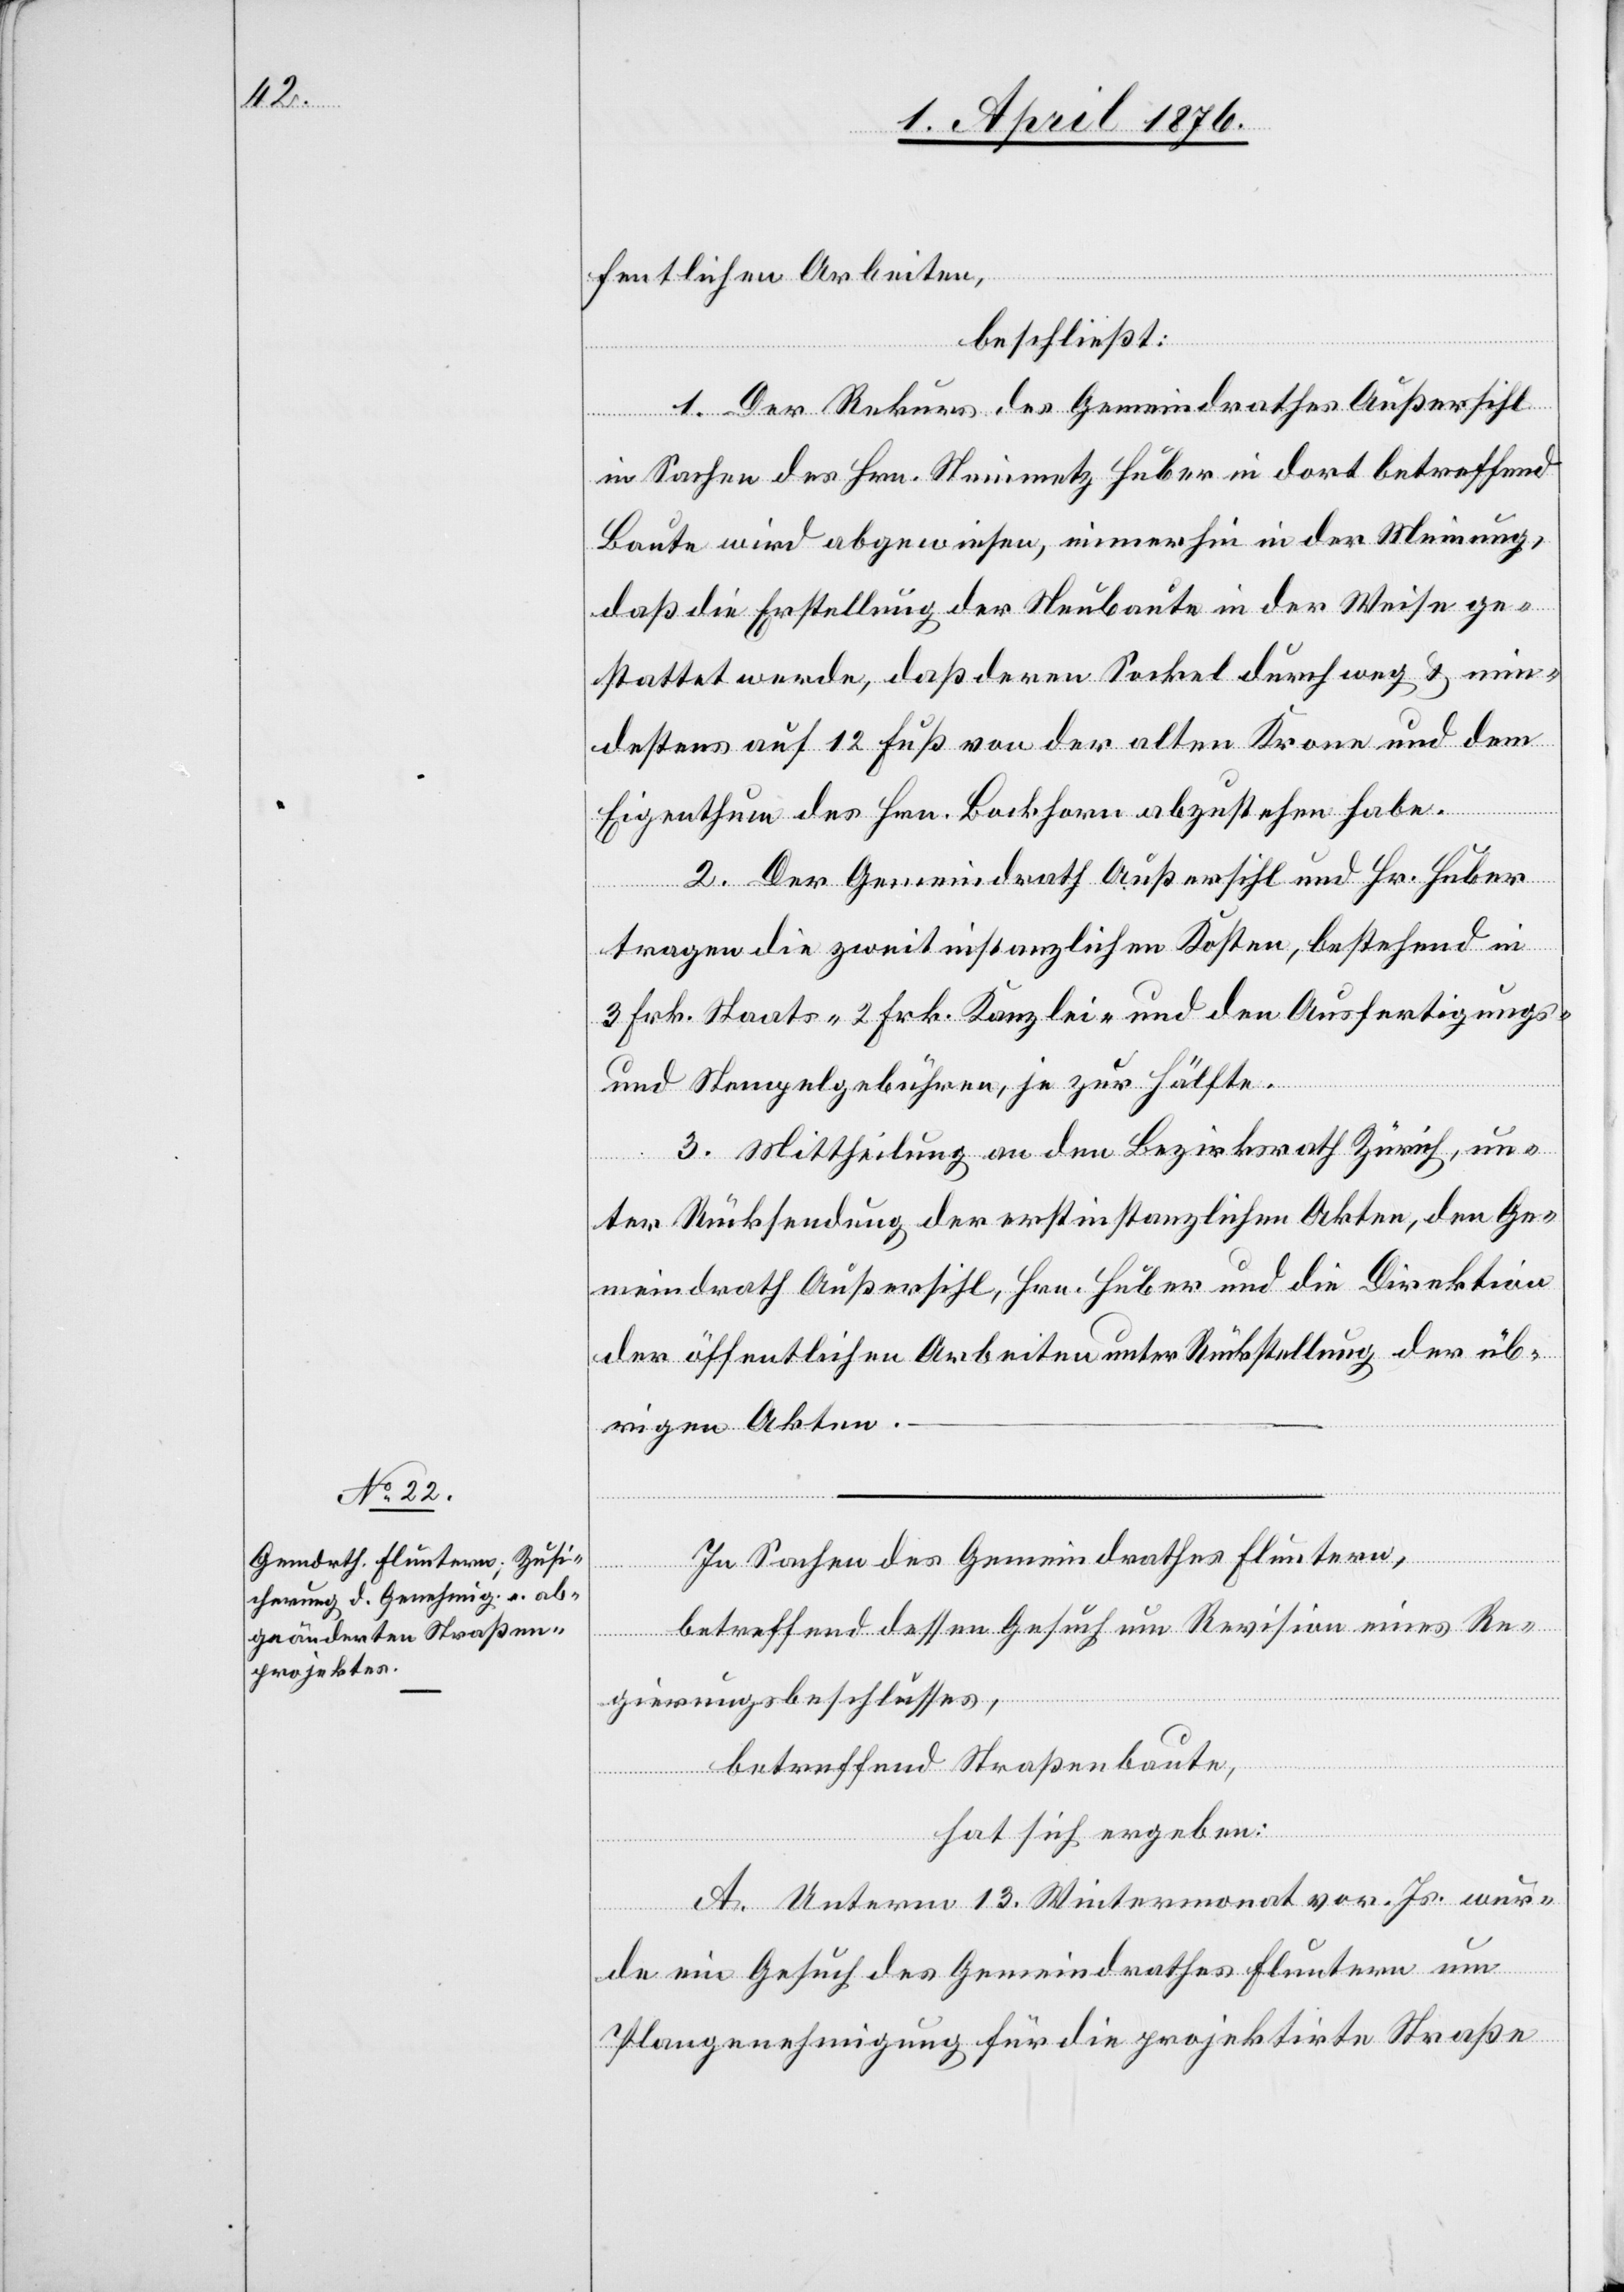
fentlichen Arbeiten,
beschließt:
1. Der Rekurs des Gemeindrathes Außersihl
in Sachen des Hrn. Steinmetz Huber in dort betreffend
Baute wird abgewiesen, immerhin in der Meinung,
daß die Erstellung der Neubaute in der Weise ge¬
stattet werde, daß deren Sockel durchweg & min¬
destens auf 12 Fuß von der alten Krone und dem
Eigenthum des Hrn. Bockhorn abzustehen habe.
2. Der Gemeindrath Außersihl und Hr. Huber
tragen die zweitinstanzlichen Kosten, bestehend in
3 Frk. Staats-[,] 2 Frk. Kanzlei- und den Ausfertigungs-
und Stempelgebühren, je zur Hälfte.
3. Mittheilung an den Bezirksrath Zürich, un¬
ter Rücksendung der erstinstanzlichen Akten, den Ge¬
meindrath Außersihl, Hrn. Huber und die Direktion
der öffentlichen Arbeiten unter Rückstellung der üb¬
rigen Akten.
In Sachen des Gemeindrathes Fluntern,
betreffend dessen Gesuch um Revision eines Re¬
gierungsbeschlusses,
betreffend Straßenbaute,
hat sich ergeben:
1. Unterm 13. Wintermonat vor. Js. wur¬
de ein Gesuch des Gemeindrathes Fluntern um
Plangenehmigung für die projektirte Straße